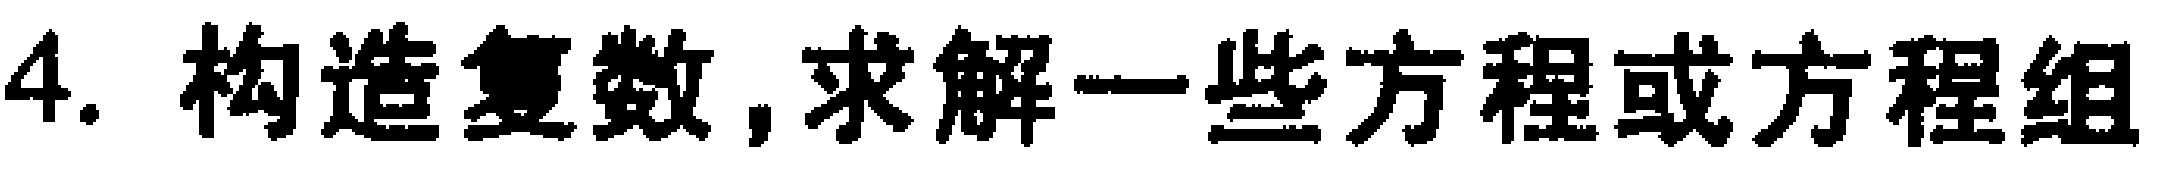
4. 构造复数, 求解一些方程或方程组